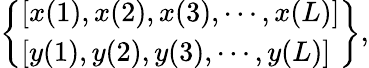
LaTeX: \left\{ \begin{array}{l}{{\left[x(1),x(2),x(3),\cdots,x(L)\right]}}\\ {{\left[y(1),y(2),y(3),\cdots,y(L)\right]}}\end{array}\right\} ,